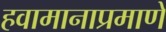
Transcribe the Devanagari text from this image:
हवामानाप्रमाणे